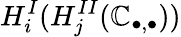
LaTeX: H_{i}^{I}(H_{j}^{II}(\mathbb{C}_{\bullet,\bullet}))